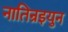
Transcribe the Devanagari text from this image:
नातिन्रइयुन